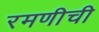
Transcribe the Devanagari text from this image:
रमणीची